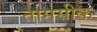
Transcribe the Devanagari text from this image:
तामसीक